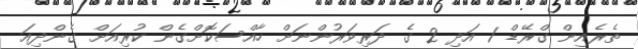
ތެރެއިން ގްރޭޑް 1 އަދި 2 ގެ ދަރިވަރުންނަށް ހާއްސަކޮށްގެން ކުރިއަށް ގެންދިއަ